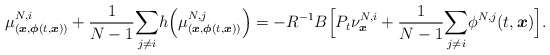
\begin{align*}\mu_{(\boldsymbol{x},\boldsymbol{\phi}(t,\boldsymbol{x}))}^{N,i}+\frac{1}{N-1}\underset{j\neq i}{\sum}h\Big(\mu_{(\boldsymbol{x},\boldsymbol{\phi}(t,\boldsymbol{x}))}^{N,j} \Big)=-R^{-1}B\Big[P_t\nu^{N,i}_{\boldsymbol{x}}+\frac{1}{N-1}\underset{j\neq i}{\sum}\phi^{N,j}(t,\boldsymbol{x})\Big].\end{align*}